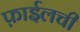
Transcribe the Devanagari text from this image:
फ़ाईलची